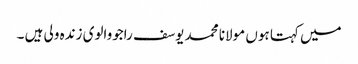
میں کہتا ہوں مولانا محمد یوسف راجووالوی زندہ ولی ہیں ۔